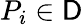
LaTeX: P_{i}\in\mathsf{D}